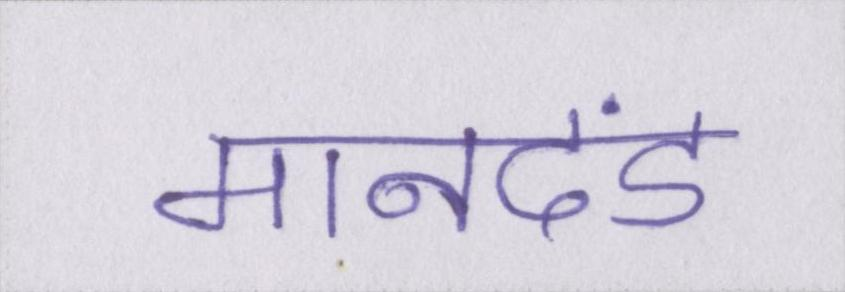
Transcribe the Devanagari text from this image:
मानदंड